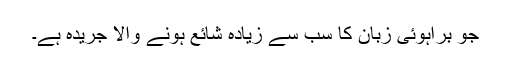
جو براہوئی زبان کا سب سے زیادہ شائع ہونے والا جریدہ ہے۔